Report on horse surra - Volume I
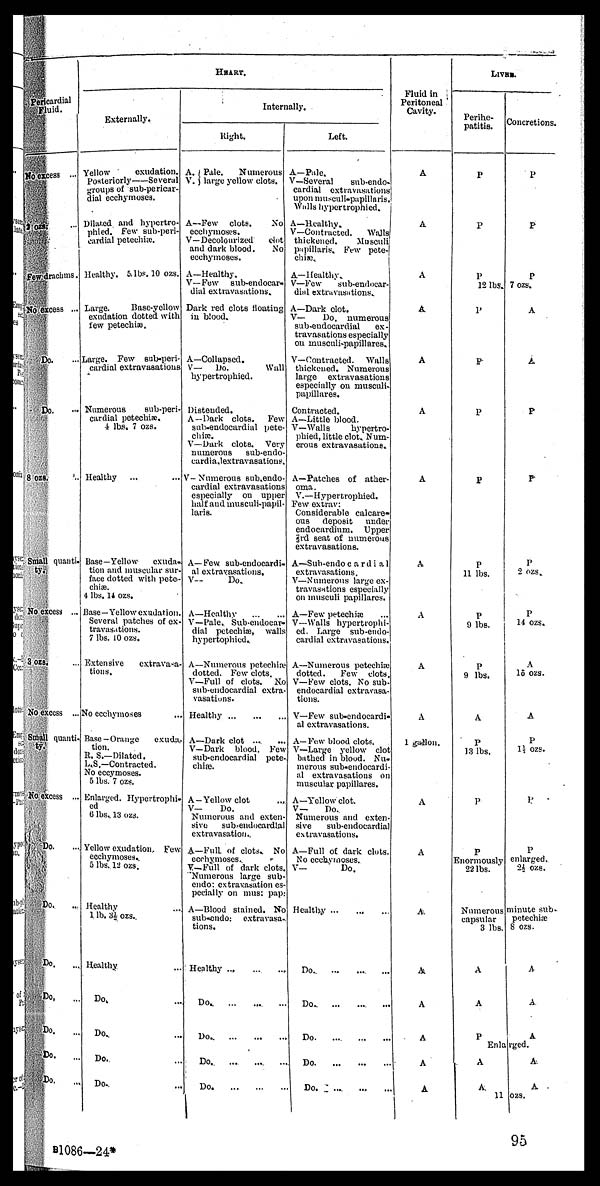
Pericardial
Fluied
No excess ...
2 ozs ...
Fewdrachms.
No excess ...
Do. ...
Do.
...
8 ozs.
...
Small quanti-
ty.
No excess ...
3 ozs. ...
No excess ...
Snail quanti
No excess ...
Do.
...
Do..
...
Do.
...
Do. ...
Do. ...
Do. ...
Do.
...
HEART,
Externally.
Yellow
exudation.
Posteriorly——Several
groups of sub-pericar-
Sial ecchymoses.
Dilated and hypcrtro-
phied. Few sub-peri-
cardial petechia:.
Healthy. 5.1bf. 10 ozs.
Large.
Base-yellow
exudation dotted with
few petechiæ.
Large. Pew sub-peri-
cardial extravasations
Numerous
sub-peri-
cardial petechia;,
4 lbs. 7 ozs.
Healthy ...
Base—Yellow
exuda-
tion and muscular sur-
face dotted with pete-
chiæ.
4 lbs. 14 ozs.
Base—Yellow exudation.
Several patches of ex-
travasations.
7 lbs. 10 ozs.
Extensive
extravasa-
tions.
No ecchymoses
Base-Orange
exuda-
tion.
R. S.—Dilated.
L.S.—Contracted.
No eccymoses.
5 lbs. 7 ozs.
Enlarged. Hypertrophic
cd
6 lbs. 13 ozs.
Yellow exudation. Few
ecchymoses..
5 lbs. 12 ozs.
Healthy
1 lb. 3½ ozs..
Healthy.
Do. ...
Do. ...
Do. ...
Do. ...
Internally.
Right.
A. } Pale.
Numerous
V. large yellow clots.
A—Few clots.
No
ecchymoses.
V—Decolourized
dot
and dark blood.
No
ecchymoses.
A—Healthy.
V—Few sub-endocar-
dial extravasations.
Dark red clots floating
in blood.
A—Collapsed.
V— Do.
Wall
hypertrophied.
Distended.
A—Dark clots. Few
sub-endocardial pete-
chiæ.
V—Dark clots. Very
numerous sub-endo-
cardia.lextravasations.
V- Numerous sub.endo-
cardial extravasations
especially on upper
half and musculi-papil-
laris.
A—Few sub-endocardi-
al extravasations.
V-
Do.
A—Healthy
V—-Pale.. Sub-endocar-
dial petechiæ, walls
hypertophied.
A—Numerous petechiæ
dotted. Few clots.
V—Full of clots. No
subendocardial extra-
vasations.
Healthy
A—Dark clot ....
V—Dark blood. Few
subendocardial pete-
chiæ.
A—Yellow clot
...
V—
Do.
Numerous and exten-
sive
subendocardial
extravasation..
A—FulL of clots. No
ecchymoses..
V—Full of dark clots
Numerous large sub-
endo: extravasation es-
pecially on mus: pap
A—Blood stained. No
sub-endo: extravasa-
tions.
Healthy ... ... ...
Do. ... ... ...
Do.
...
...
...
Do.
...
...
...
Do.
...
...
...
Left
A—Pale.
V—Several
subendo-
cardial extravasations
upon musculi-pupillaris.
Walls hypertrophied.
A—Healthy.
V—Contracted.
Walls
thickened.
Musculi
papillaris. Few pete-
chiæ.
A—Healthy.
V—Few
subendocar-
dial extravasastions.
A—Dark olot.
V—
Do. numerous
subendocardial
ex-
travasations especially
on musculi-papillares.
V—Contracted. Walls
thickeued. Numerous
large extravasations
especially on musculi-
papillares.
Contracted.
A—Little blood.
V—Walls
hypertro-
phied, little clot. Num-
erous extravasations.
A—Patches of ather-
oma.
V.—Hypertrophied.
Few extrav:
Considerable calcare-
ous deposit under
endocardium. Upper
⅔rd seat of numerous
extravasations.
A—Sub-endo cardial
extravasations.
V—Numerous large ex-
travasations especially
on inusculi papillares.
A—Few petechiæ
V—Walls hypertrophi-
ed. Large subendo-
cardial extravasations.
A—Numerous petechiæ
dotted.
Few clots.
V—Few clots. No sub-
endocardial extravasa-
tions.
Y—Few sub-cndocardi-
al extravasations.
A— Few blood clots.
V—Large yellow clo
bathed in blood. Nu-
merous sub-endocardi
al extravasations on
muscular papillares.
A—Yellow clot.
V—
Do.
Numerous and exten
sive
sub-endocardia
extravasations.
A—Full of dark clots
No ecchymoses.
V—
Do.
Healthy ... ... ...
Do.
...
...
...
Do.
...
...
...
Do.
...
...
...
Do.
...
...
...
Do. ... ... ...
Fluid in
Peritoneal
Cavity.
A
A
A
A
A
A
A
A
A
A
A
1 gallon.
A
A
A.
A
A
A
A
A
LIVER.
Perihe-
patitis.
P
P
P
12 lbs.
P
P
P
P
P
11 lbs.
P
9 lbs.
P
9 lbs.
A
P
13 lbs.
P
P
Enormously
22 lbs.
Numerous
capsular
3 lbs
A
A
P
Enla
A
A
11
Concretions.
P
P
P
7 ozs.
A
A
P
P
P
2 ozs.
P
14 ozs.
A
15 ozs.
A
P
1½ ozs.
P
P
enlarged.
2½ ozs.
minute sub-
petechiæ
8 ozs.
A
A
A
rged. A.
A
ozs.
95
B 1086—24*